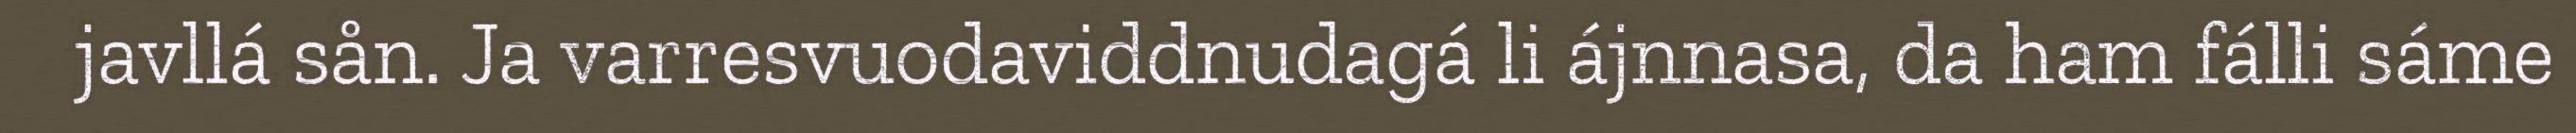
javllá sån. Ja varresvuodaviddnudagá li ájnnasa, da ham fálli sáme